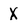
Character: X